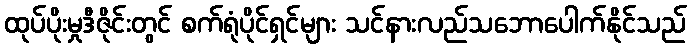
ထုပ်ပိုးမှုဒီဇိုင်းတွင် စက်ရုံပိုင်ရှင်များ သင်နားလည်သဘောပေါက်နိုင်သည်